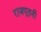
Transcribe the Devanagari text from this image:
राजपूतनी